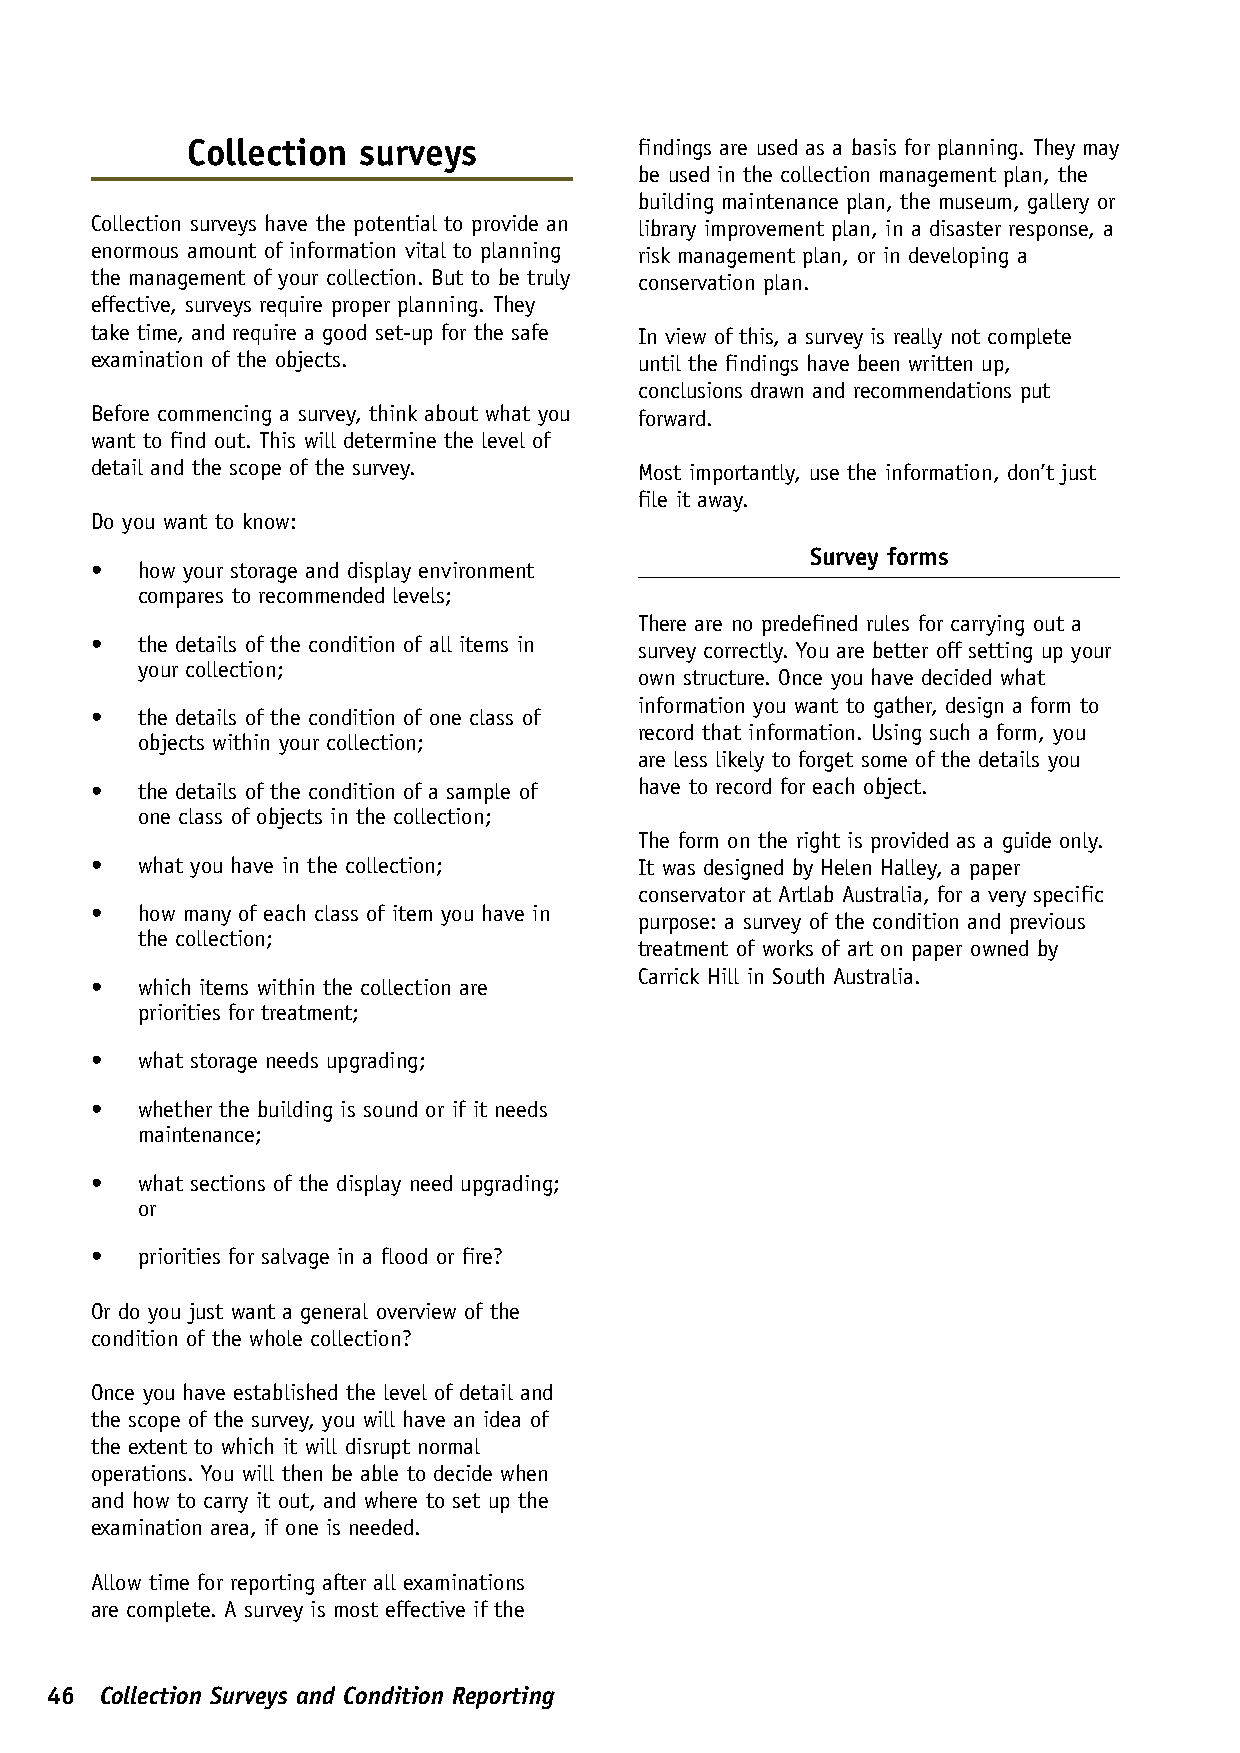
Collection  surveys           findings are used as a basis for planning. They may
 be used in the collection management plan, the
 building maintenance plan, the museum, gallery or
 Collection surveys have the potential to provide an library improvement plan, in a disaster response, a
 enormous amount of information vital to planning risk management plan, or in developing a
 the management of your collection. But to be truly conservation plan.
 effective, surveys require proper planning. They
 take time, and require a good set-up for the safe In view of this, a survey is really not complete
 examination of the objects.         until the findings have been written up,
 conclusions drawn and recommendations put
 Before commencing a survey, think about what you forward.
 want to find out. This will determine the level of
 detail and the scope of the survey. Most importantly, use the information, don’t just
 file it away.
 Do you want to know:
 Survey forms
 •  how your storage and display environment
 compares to recommended levels;
 There are no predefined rules for carrying out a
 •  the details of the condition of all items in
 survey correctly. You are better off setting up your
 your collection;
 own structure. Once you have decided what
 information you want to gather, design a form to
 •  the details of the condition of one class of
 record that information. Using such a form, you
 objects within your collection;
 are less likely to forget some of the details you
 •  the details of the condition of a sample of have to record for each object.
 one class of objects in the collection;
 The form on the right is provided as a guide only.
 •  what you have in the collection; It was designed by Helen Halley, a paper
 conservator at Artlab Australia, for a very specific
 •  how many of each class of item you have in
 purpose: a survey of the condition and previous
 the collection;
 treatment of works of art on paper owned by
 Carrick Hill in South Australia.
 •  which items within the collection are
 priorities for treatment;
 •  what storage needs upgrading;
 •  whether the building is sound or if it needs
 maintenance;
 •  what sections of the display need upgrading;
 or
 •  priorities for salvage in a flood or fire?
 Or do you just want a general overview of the
 condition of the whole collection?
 Once you have established the level of detail and
 the scope of the survey, you will have an idea of
 the extent to which it will disrupt normal
 operations. You will then be able to decide when
 and how to carry it out, and where to set up the
 examination area, if one is needed.
 Allow time for reporting after all examinations
 are complete. A survey is most effective if the
 46  Collection Surveys and Condition Reporting